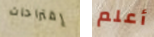
إقتراحات أعلم